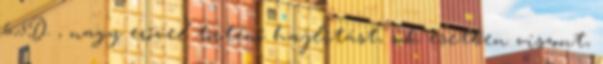
6,5D , nagy erővel történő hajlítást, sok esetben viszont,